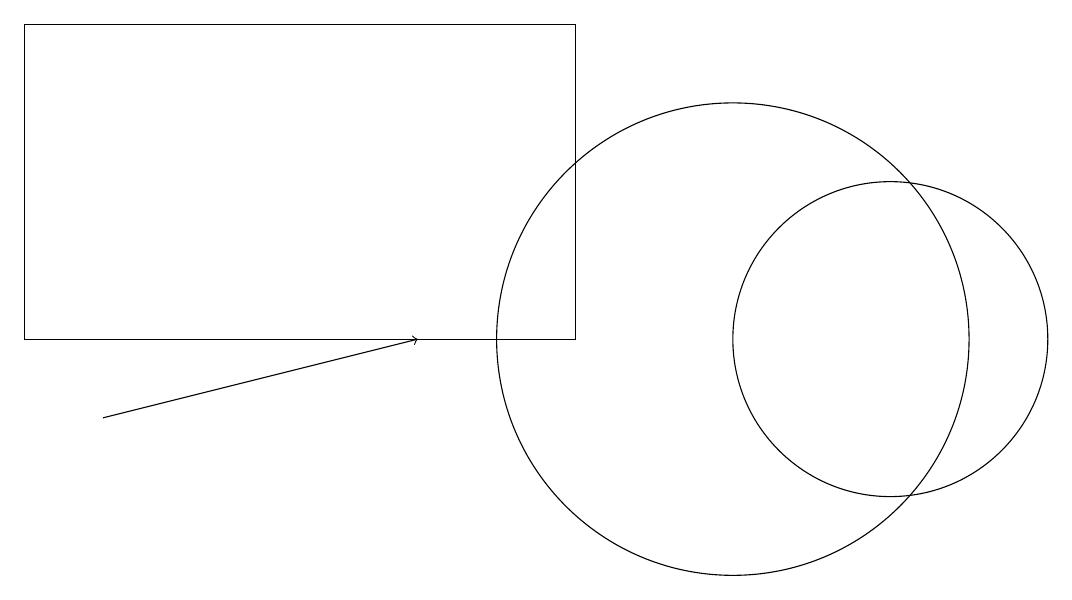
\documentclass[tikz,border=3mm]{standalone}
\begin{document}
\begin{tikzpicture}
\draw (10,11) circle (3);
\draw (8,11) rectangle (1,15);
\draw (12,11) circle (2);
\draw[->] (2,10) -- (6,11);
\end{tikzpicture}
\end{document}